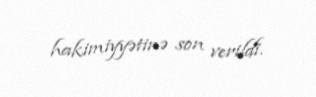
hakimiyyətinə son verildi.